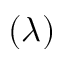
( \lambda )